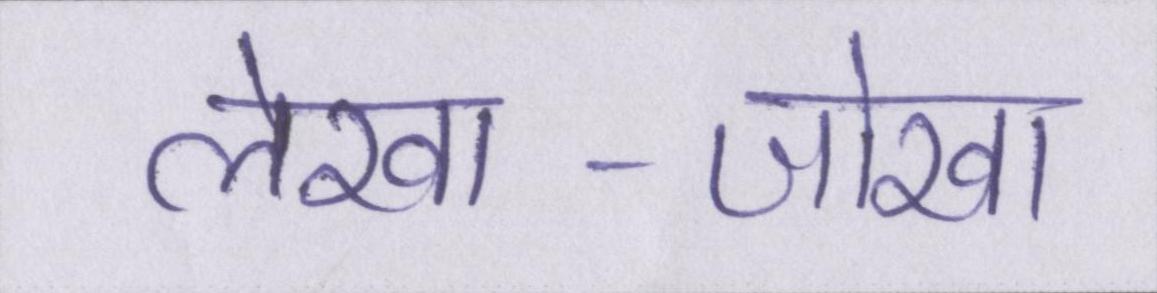
लेखा-जोखा